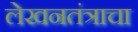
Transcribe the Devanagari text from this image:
लेखनतंत्राचा